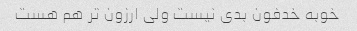
خوبه خدفون بدی نیست ولی ارزون تر هم هست